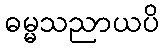
ဓမ္မသညာယပိ